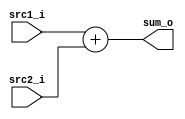

module Adder(
    src1_i,
    src2_i,
    sum_o
    );

//I/O ports
input  [32-1:0]  src1_i;
input  [32-1:0]	 src2_i;
output [32-1:0]	 sum_o;

//Internal Signals
wire   [32-1:0]	 sum_o;
assign sum_o=src1_i+src2_i;
// 32bit adder
endmodule